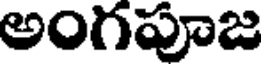
అంగపూజ